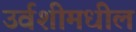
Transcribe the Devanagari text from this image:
उर्वशीमधील